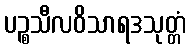
ပဉ္စသီလဝိသာရဒသုတ္တံ